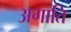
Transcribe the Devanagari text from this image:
अगाति